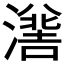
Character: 𭲯